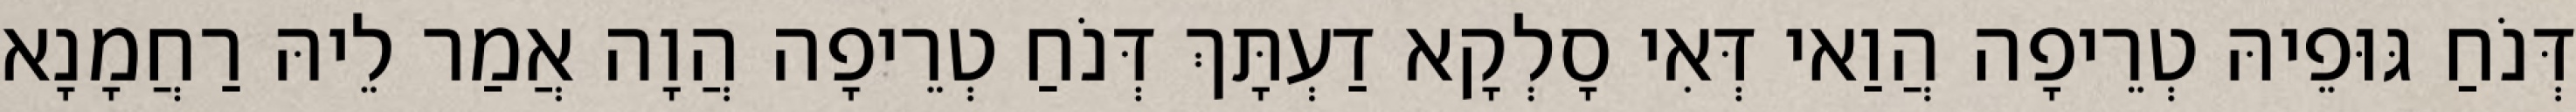
דְּנֹחַ גּוּפֵיהּ טְרֵיפָה הֲוַאי דְּאִי סָלְקָא דַעְתָּךְ דְּנֹחַ טְרֵיפָה הֲוָה אֲמַר לֵיהּ רַחֲמָנָא